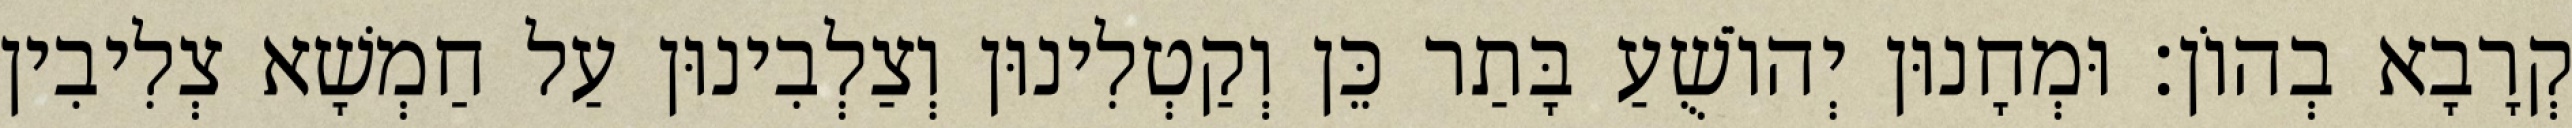
קְרָבָא בְהוֹן׃ וּמְחָנוּן יְהוֹשֻׁעַ בָּתַר כֵּן וְקַטְלִינוּן וְצַלְבִינוּן עַל חַמְשָׁא צְלִיבִין